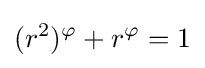
({r^{2}})^{\varphi }+r^{\varphi }=1